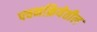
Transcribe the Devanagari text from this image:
पचनक्रियेतील